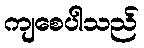
ကျစေပါသည်